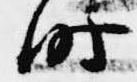
時